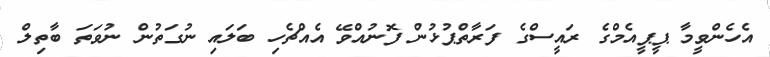
އެހެންވީމާ ޕީޕީއެމްގެ ރައީސްގެ ފަރާތްޕުޅުން ފޮނުއްވޭ އެއްޗެހި ބަލައި ނުގަތުން ނުވަތަ ބާތިލް